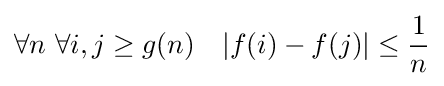
\forall n\ \forall i,j\geq g(n)\quad |f(i)-f(j)|\leq {1 \over n}